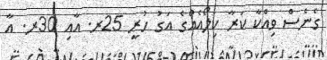
ގެނެސް ވިއްކާ ކަރާ ކިލޯއެއްގެ އަގު ހުރީ 25ރ. އާއި 30ރ. އާ